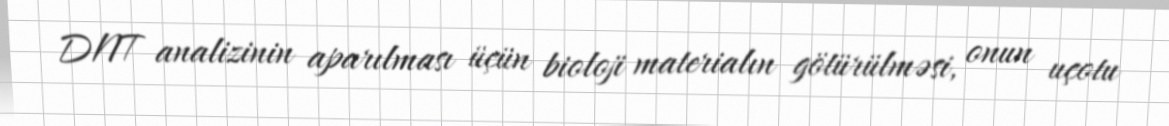
DNT analizinin aparılması üçün bioloji materialın götürülməsi, onun uçotu